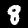
Label: 8